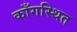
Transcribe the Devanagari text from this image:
काँगस्थित